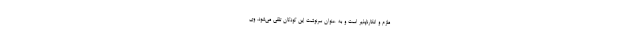
ملزم و انکارناپذیر است و به عنوان سرنوشت این کودکان تلقی می‌شود. وی